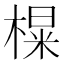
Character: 𪳑